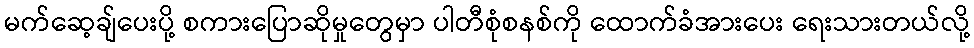
မက်ဆေ့ချ်ပေးပို့ စကားပြောဆိုမှုတွေမှာ ပါတီစုံစနစ်ကို ထောက်ခံအားပေး ရေးသားတယ်လို့